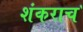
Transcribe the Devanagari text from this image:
शंकराच॓